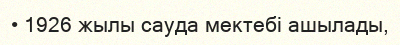
• 1926 жылы сауда мектебі ашылады,